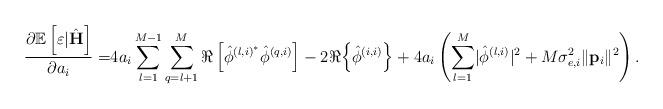
LaTeX: \begin{align*} \frac{\partial\mathbb{E}\left[\varepsilon|\hat{\mathbf{H}}\right]}{\partial a_i}=&4a_i\sum_{l=1}^{M-1}\sum_{q=l+1}^{M} \Re\left[\hat{\phi}^{\left(l,i\right)^*}\hat{\phi}^{\left(q,i\right)}\right]-2 \Re{\left\{\hat{\phi}^{\left(i,i\right)}\right\}}+4a_i\left(\sum_{l=1}^M\lvert\hat{\phi}^{\left(l,i\right)}\rvert^2+M\sigma_{e,i}^2\lVert\mathbf{p}_i\rVert^2\right).\end{align*}